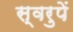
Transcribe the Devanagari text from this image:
स्वरुपें